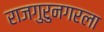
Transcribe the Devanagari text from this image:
राजगुरुनगरला